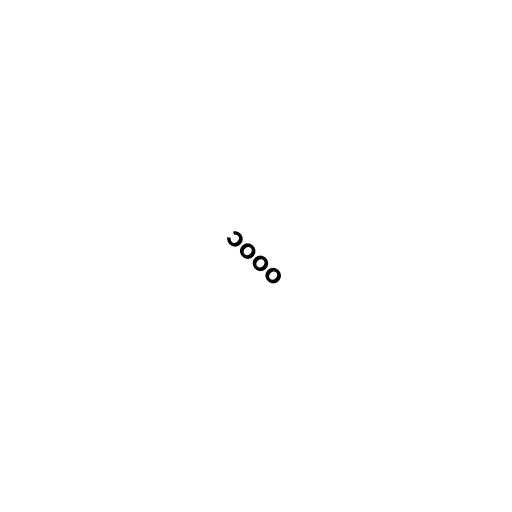
၁၀၀၀